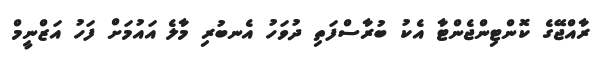
ރާއްޖޭގެ ކޮންޓިންޖެންޓާ އެކު ބުރާސްފަތި ދުވަހު އެނބުރި މާލެ އައުމަށް ފަހު އަޒްނީމް